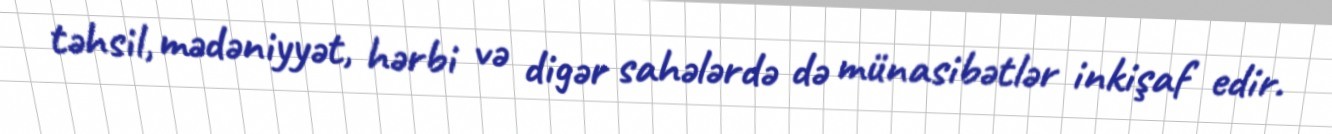
təhsil, mədəniyyət, hərbi və digər sahələrdə də münasibətlər inkişaf edir.